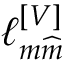
\ell _ { m \widehat { m } } ^ { \left[ V \right] }